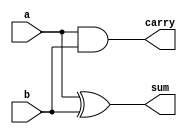
module adder1bit(sum,carry,a,b);
	input a,b;
	output sum,carry;
	assign sum=a^b;
	assign carry=a&b;
endmodule